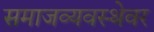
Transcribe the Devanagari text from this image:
समाजव्यवस्थेवर